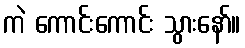
ကဲ ကောင်းကောင်း သွားနော်။